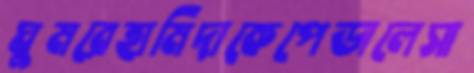
ঘুমরেহামিদাকেপেডালেসা